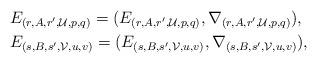
LaTeX: \begin{align*}&E_{(r,A,r',\mathcal{U},p,q)}=(E_{(r,A,r',\mathcal{U},p,q)},\nabla_{(r,A,r',\mathcal{U},p,q)}), \\&E_{(s,B,s',\mathcal{V},u,v)}=(E_{(s,B,s',\mathcal{V},u,v)},\nabla_{(s,B,s',\mathcal{V},u,v)}), \end{align*}